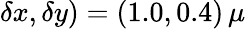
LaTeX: \delta x,\delta y)=(1.0,0.4)\, \mu